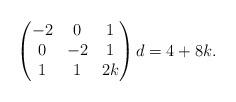
LaTeX: \begin{align*}\begin{pmatrix}-2 & 0 & 1 \\ 0 & -2 & 1 \\ 1 & 1 & 2k\end{pmatrix} d=4+8k.\end{align*}